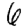
Digit: 6